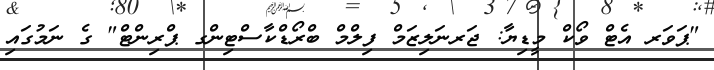
"ޕަވަރ އެޓް ވޯކް މީޑިޔާ: ޖަރނަލިޒަމް ފިލްމް ބްރޯޑްކާސްޓިންގ ޕްރިންޓް" ގެ ނަމުގައި